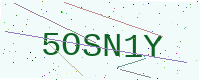
Text: 5OSN1Y